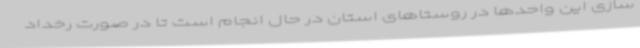
سازی این واحدها در روستاهای استان در حال انجام است تا در صورت رخداد